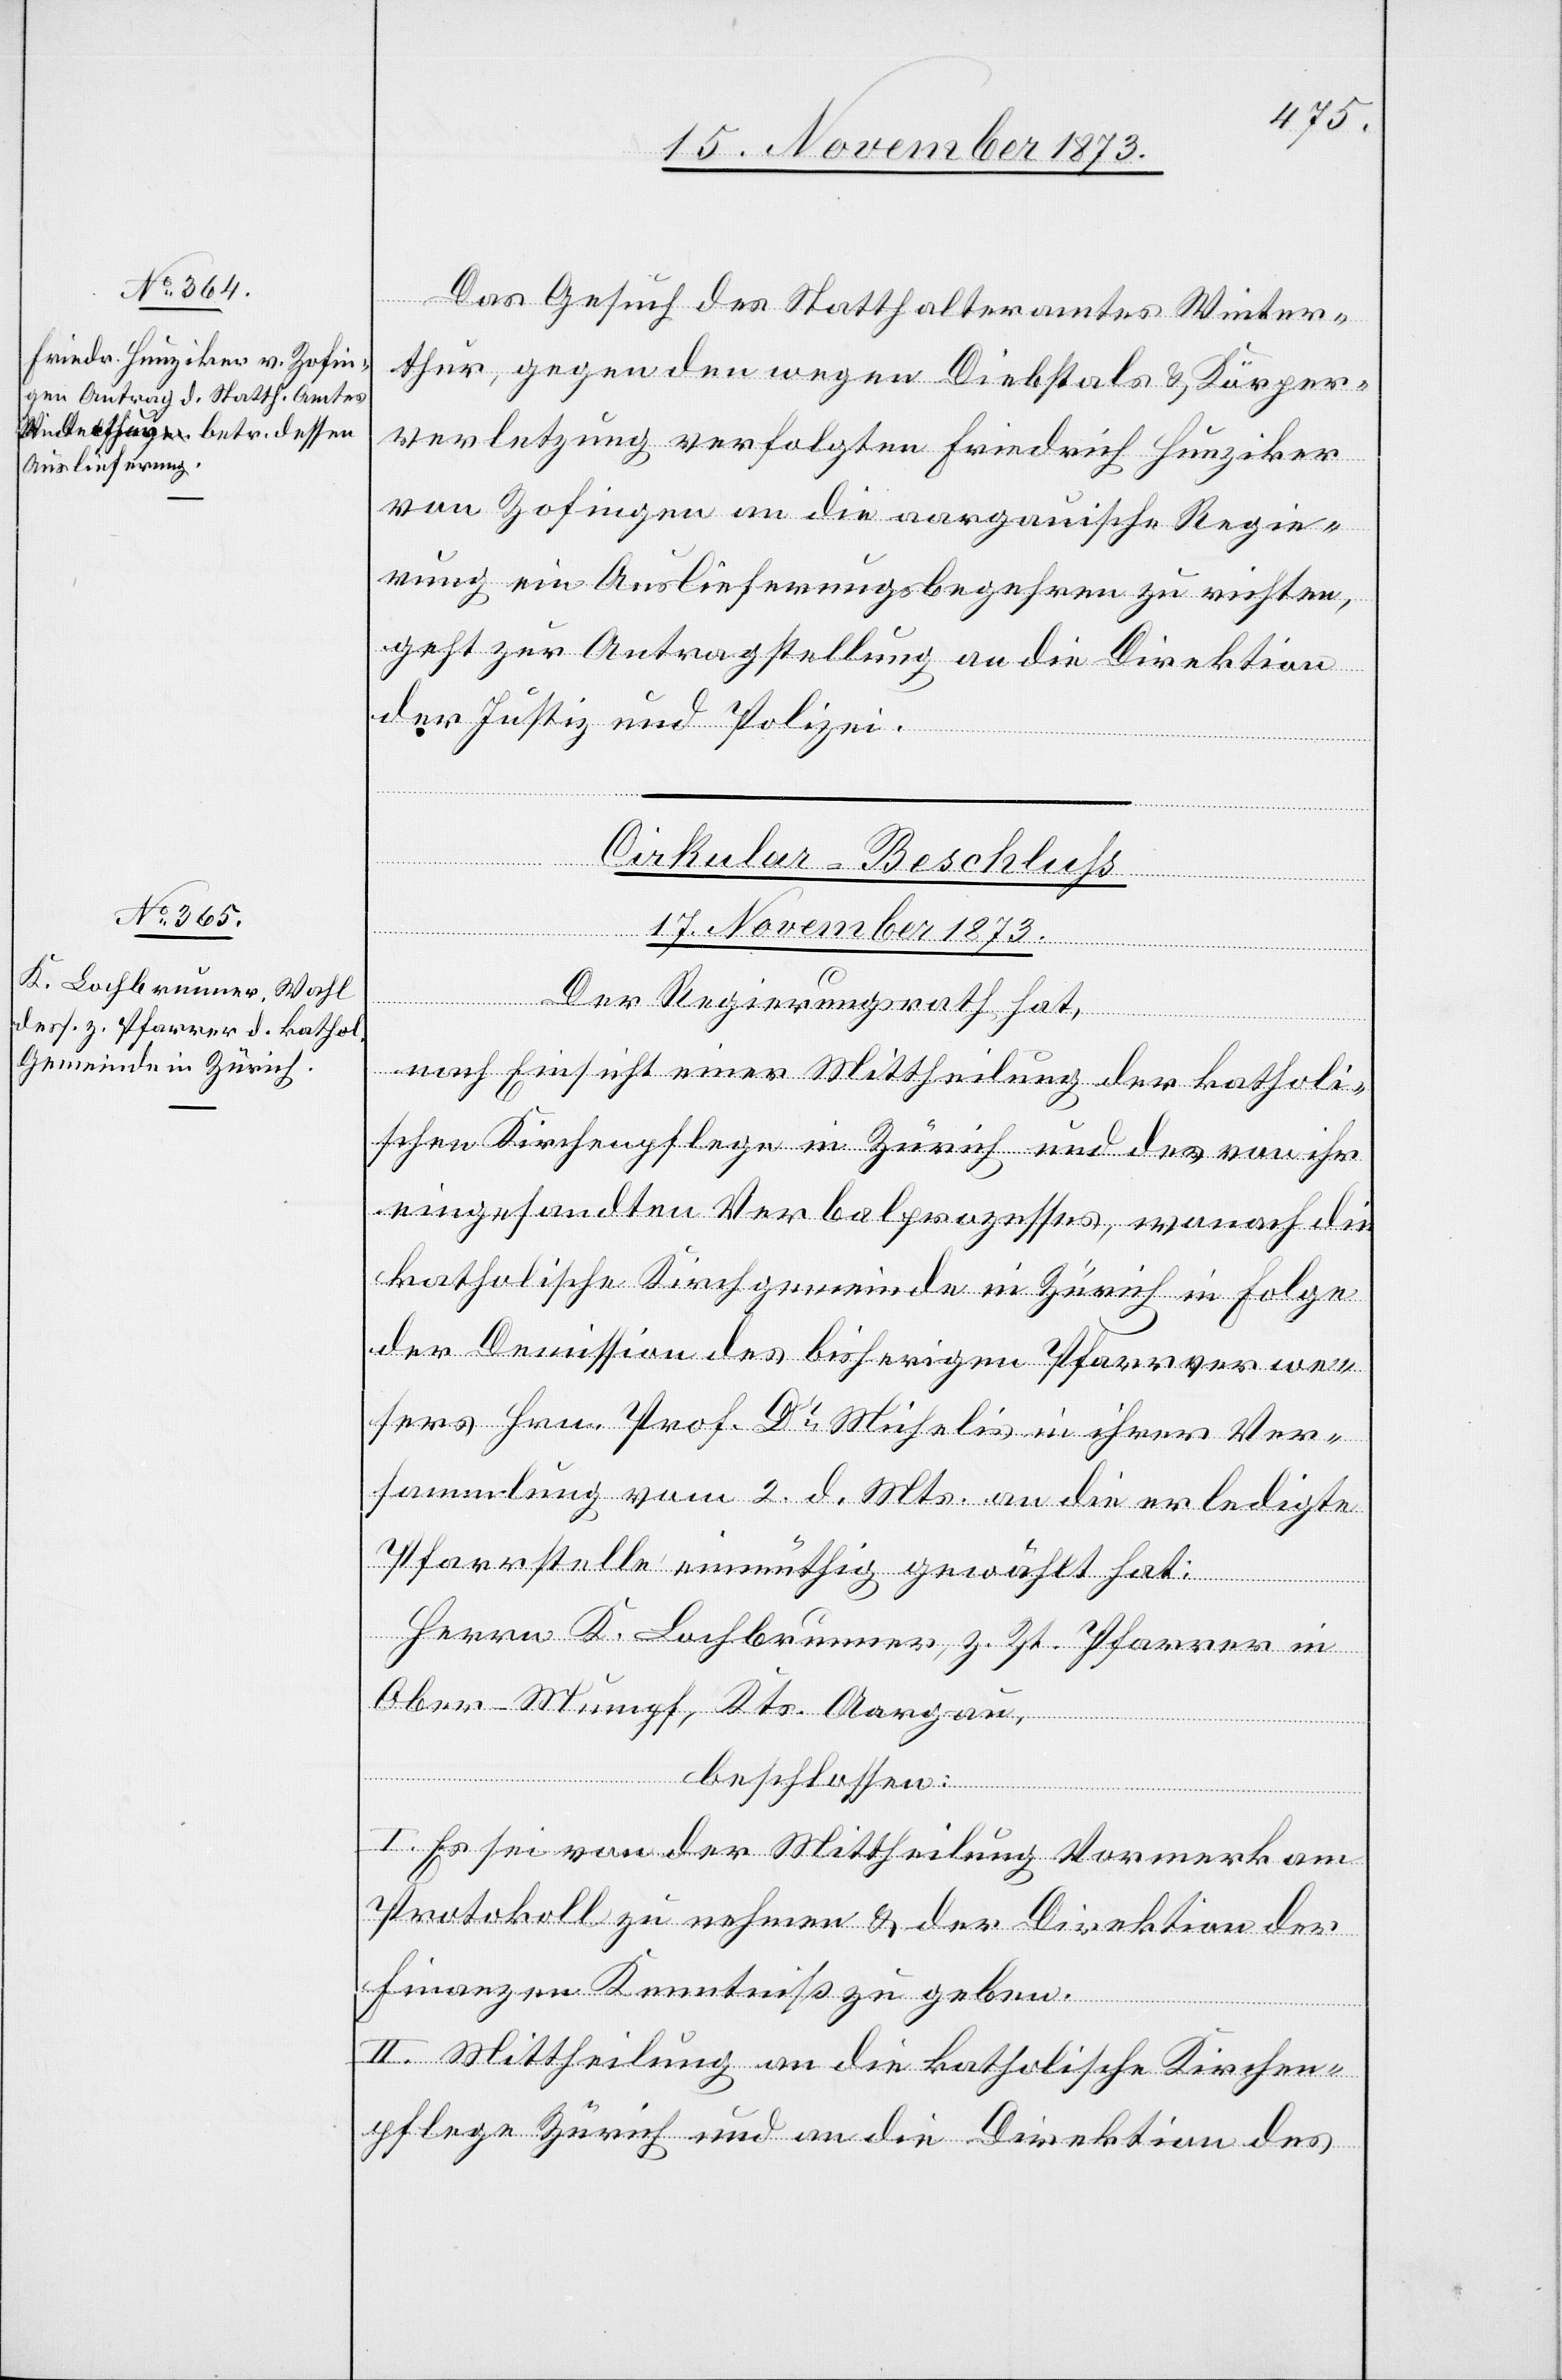
Das Gesuch des Statthalteramtes Winter¬
thur, gegen den wegen Diebstals & Körper¬
verletzung verfolgten Friedrich Hunziker
von Zofingen an die aargauische Regie¬
rung ein Auslieferungsbegehren zu richten,
geht zur Antragstellung an die Direktion
der Justiz und Polizei.
Cirkular-Beschluss
17. November 1873.
Der Regierungsrath hat,
nach Einsicht einer Mittheilung der katholi¬
schen Kirchenpflege in Zürich und des von ihr
eingesandten Verbalprozesses, wonach die
katholische Kirchgemeinde in Zürich in Folge
der Demission des bisherigen Pfarrverwe¬
sers Hrn. Prof. Dr Michelis in ihrer Ver¬
sammlung vom 2. d. Mts. an die erledigte
Pfarrstelle einmüthig gewählt hat:
Herrn K. Lochbrunner, z. Zt. Pfarrer in
Ober-Mumpf, Kts. Aargau,
beschlossen:
I. Es sei von der Mittheilung Vormerk am
Protokoll zu nehmen & der Direktion der
Finanzen Kenntniß zu geben.
II. Mittheilung an die katholische Kirchen¬
pflege Zürich und an die Direktion des